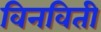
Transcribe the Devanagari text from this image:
विनविती